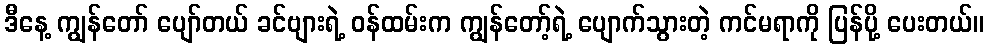
ဒီနေ့ ကျွန်တော် ပျော်တယ် ခင်ဗျားရဲ့ ဝန်ထမ်းက ကျွန်တော့်ရဲ့ ပျောက်သွားတဲ့ ကင်မရာကို ပြန်ပို့ ပေးတယ်။